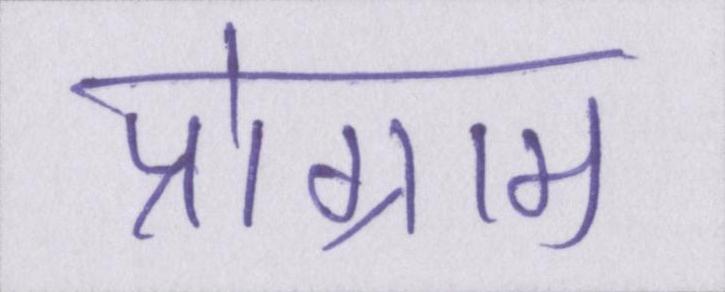
प्रोग्राम